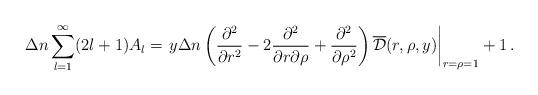
LaTeX: \begin{align*}\Delta n\sum_{l=1}^\infty (2l+1)A_l=\left . y\Delta n \left(\frac{\partial ^2}{\partial r^2}-2\frac{\partial ^2}{\partial r\partial \rho}+\frac{\partial^2}{\partial \rho^2}\right )\overline{\cal D}(r,\rho,y)\right |_{r=\rho=1}+1\,{.}\end{align*}